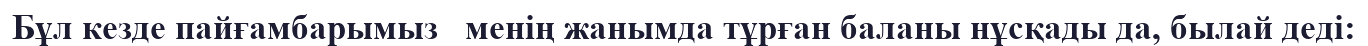
Бұл кезде пайғамбарымыз   менің жанымда тұрған баланы нұсқады да, былай деді: